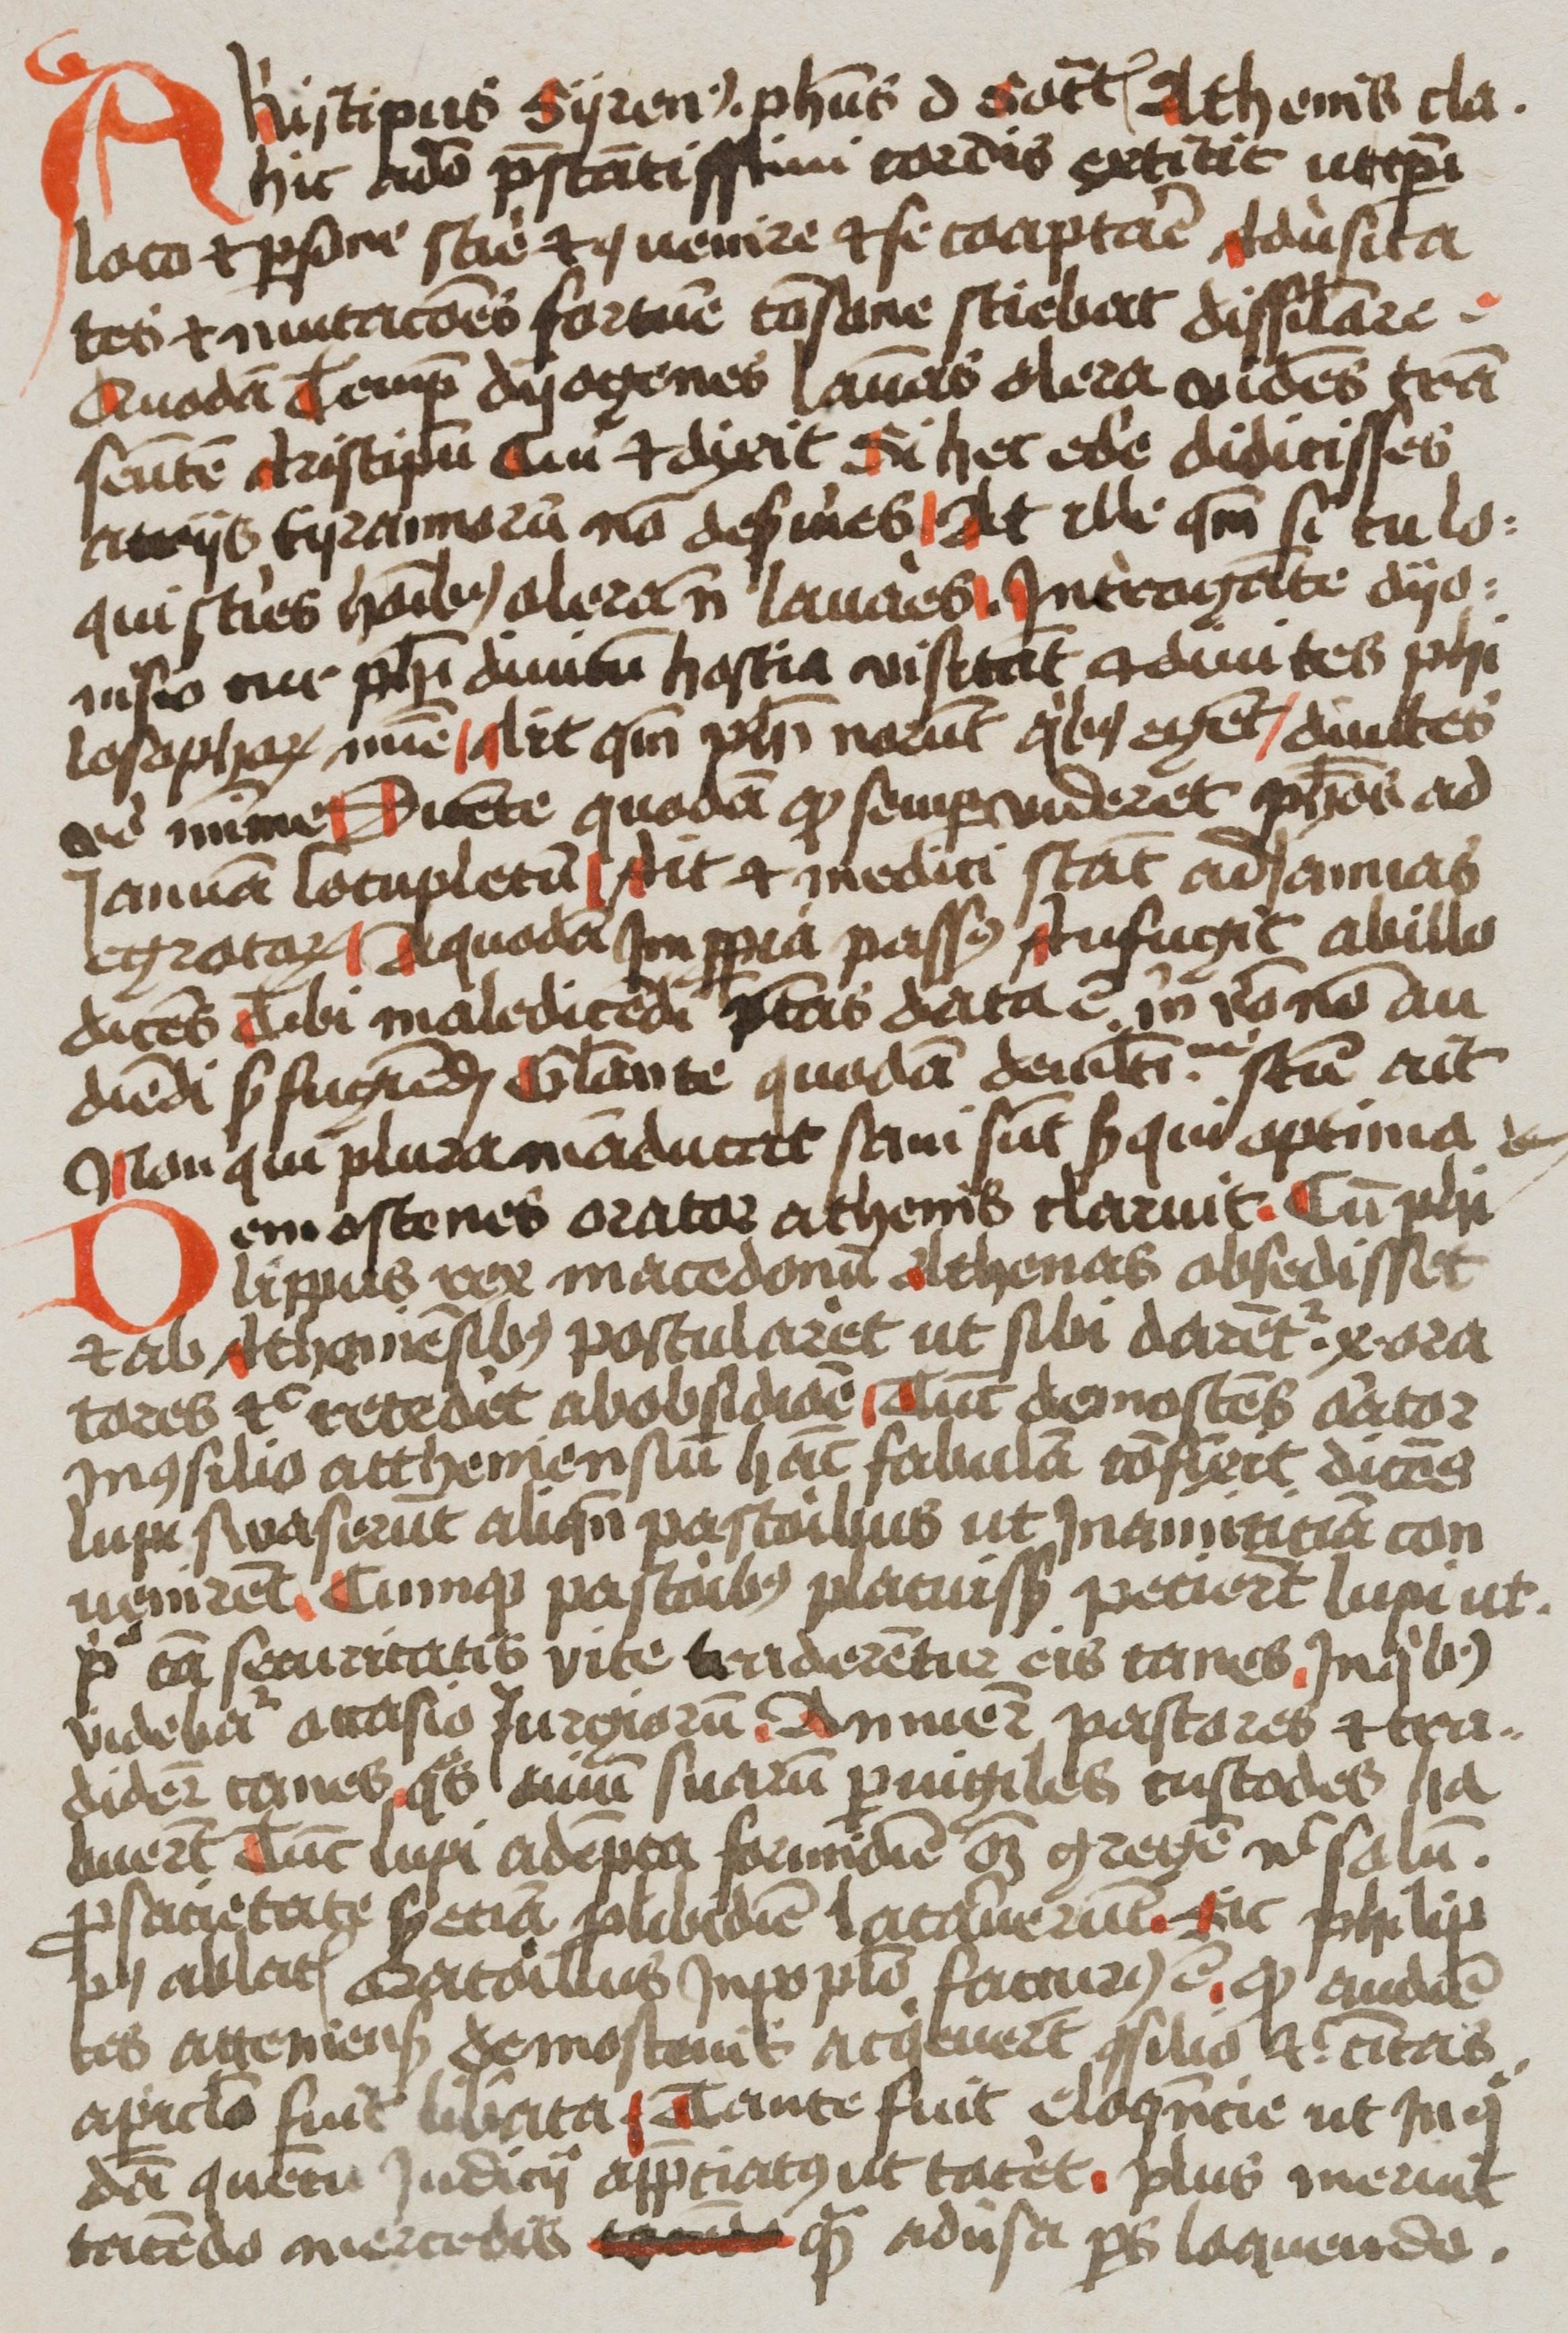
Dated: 1400–1499